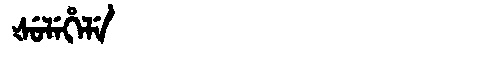
Manchu: ᡧᡠᠯᡝᡥᡝᠯᡝ
Romanization: ŠULEHELE